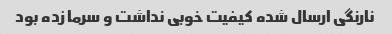
نارنگی ارسال شده کیفیت خوبی نداشت و سرما زده بود